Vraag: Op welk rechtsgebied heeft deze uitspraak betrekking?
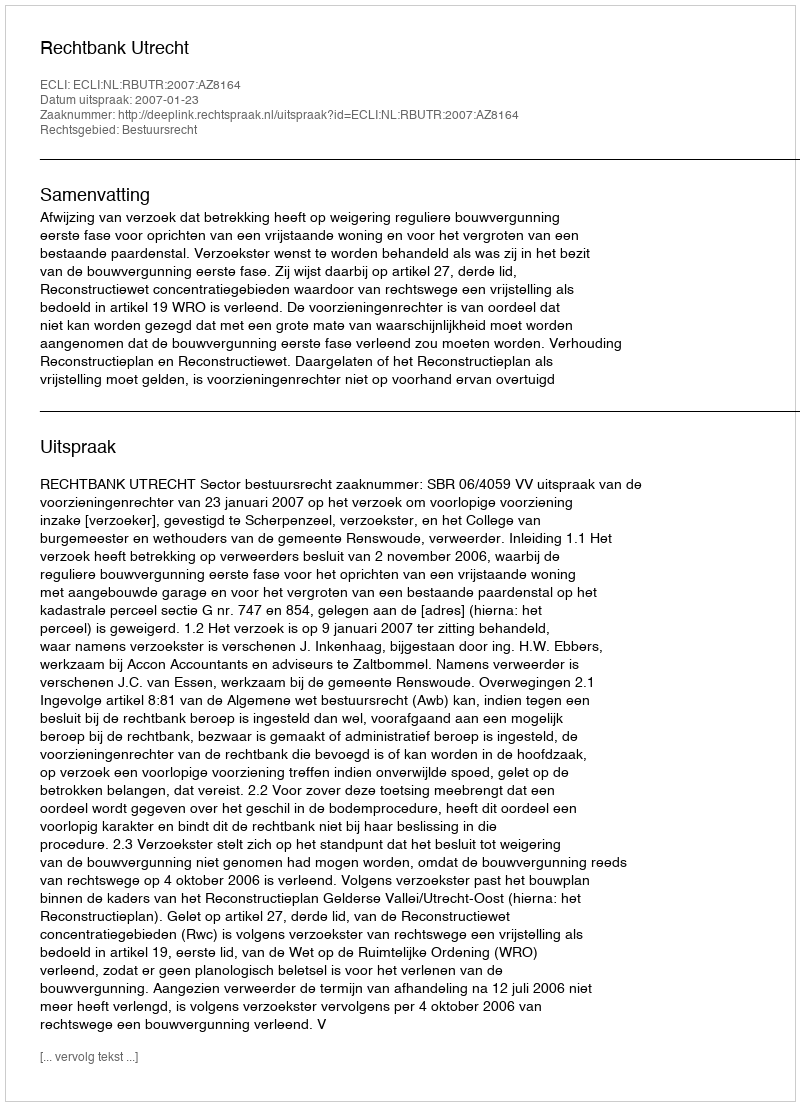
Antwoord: Bestuursrecht